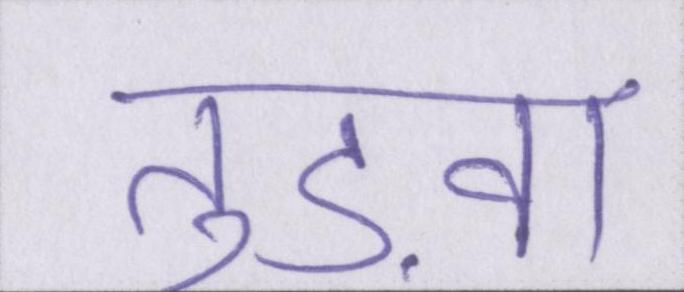
तुड़वा